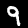
Digit: 9